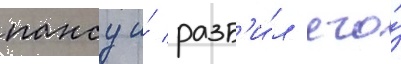
пансу и́ разб'и́л его́